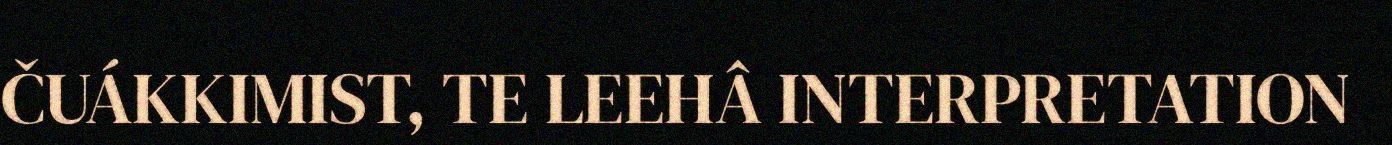
ČUÁKKIMIST, TE LEEHÂ INTERPRETATION